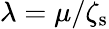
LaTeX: \lambda=\mu/\zeta_{\mathrm{s}}